Tezpur Lunatic Asylum reports 1877-1894 - 1877-1894
Year: 1877
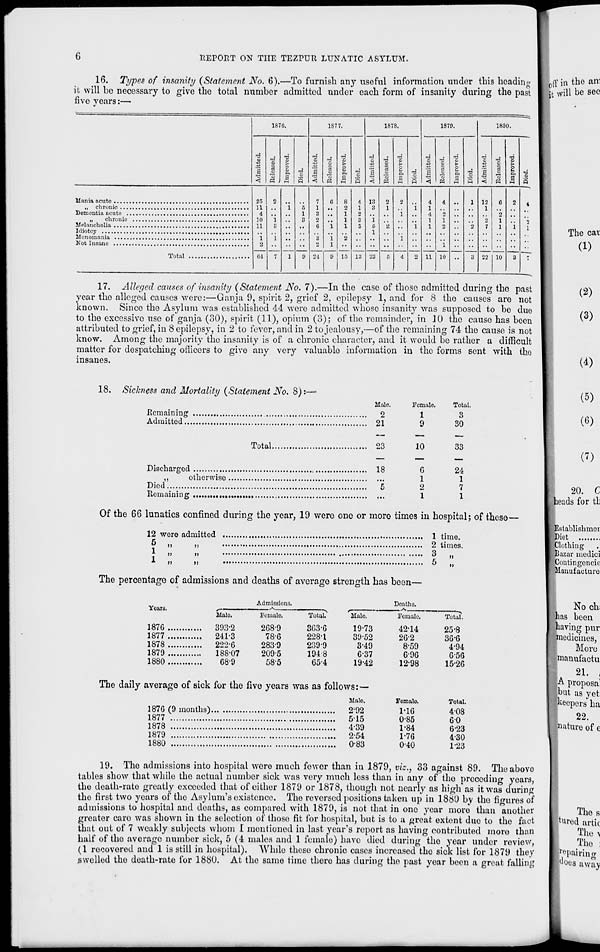
TtEPORT ON THE TEZrUR LUNATIC ASYLUM.
16. Types of insanity (Statement No. 6).—To furnish any useful information under this heading
it will bo necessary to give the total number admitted under each form of insanity during the past
five years:—
187G.
1S77.
1878.
1870.
1830.
d
s
1
<
•6 o
1
d
1 a d
s
d
1
«1
■3
d
>
8 c
a
d
S
id
a
-a
<
d
cj
•a
s p.
a
-a
5
d
a
«1
d
d
o
p.
S
d
d
1
d
1
i >
i, a d
25
11
4
10
11
i
2
64
2
i
3
i
7
'i
l
5
1
3
0
7
1
3
2
6
- 3
2
24
c
'i
'i
l
0
8
2
1
1
1
2
15
4
1
2
3
3
13
13
3
i
5
1
23
2
1
"is
6
2
i
l
4
i
'i
4
1
4
1
1
11
4
1
2
1
10
••
1
3
12
1
*2
7
22
C
2
1
1
10
2
i
3
4
2
1
i ' ''' II ' _v
......................m %* 9. . ...... • ........a... *
Total
— r
17. Alleged causes of insanity (Statement No. 7).—In the case of those admitted during the past
year the alleged causes were:—Ganja 9, spirit 2, grief 2, epilepsy 1, and for 8 the causes are not
known. Since the Asylum was established 44 were admitted whose insanity was supposed to bo due
to the excessive use of ganja (30), spirit (11), opium (o); of the remainder, in 10 the cause has been
attributed to grief, in 8 epilepsy, in 2 to fever, and in 2 to jealousy,—of the remaining 74 the cause is not
know. Among the majority the insanity is of a chronic character, and it would be rather a difficult
matter for despatching officers to give any very valuable information in the forms sent with the
insanes.
l0 ff in the am
it will be see
The car
(1)
(2)
(3)
18. Sickness and Mortality (Statement No. 8):—■
Halo.
Female
Total.
.Remaining
2
13
Admitted
21
9
30
Total
23
10
33
Discharged
18
G
24
,,
otherwiso
1
1
Died
5
2
7
Remaining
,
1
1
Of the 66 lunatics confined during the year, 19 wero one or moro times in hospital; of these-
12 were admitted
1 time.
5 >,
»
2 times.
|
»
'»
*»
»
■*•
»
i)
5
„
The percentage of admissions and deaths of avcrago strength has been—
20. C
heads for tb
Establishmer
Diet
Clothing
Bazar medici
Contingencic
Manufacture
Years.
Admissions.
Deaths.
Male.
187G
393-2
1877
241-3
1878
222-6
1879
188-07
1880
G8-9
Female.
2G8-9
78-6
283-9
209-5
58-5
Total.
3G3-G
228-1
2099
1948
654
Male.
19-73
39-52
3-49
G-37
19-42
The daily average of sick for the five years was as follows:—
Malo.
187G (9 months)
2'92
1877
515
1878
4-39
1879
2-54
1880
0-83
Female.
42-14
2G-2
8-59
6-96
12-98
Fomalo.
1-16
0-85
1-84
176
0-40
Total.
25-8
36-6
4-94
G-5G
15-2G
Total.
408
60
6-23
430
1-23
No ch
as been
aving pur
medicines,
Moro
manufactu
21. ,
A proposa 1
[but as yet
fkeopers ha
22.
I nature of c
19. Tho admissions into hospital wero much fewer than in 1879, vi~., 33 against 89. The above
tables show that while tho actual number sick was very much less than in any of tho preceding years,
tho death-rate greatly exceeded that of either 1879 or 1878, though not nearly as high as it was during
the first two years of the Asylum's existence. The reversed positions taken up in 1880 by tho figures of
admissions to hospital and doaths, as compared with 1879, is not that in ono year moro than another
greater caro was shown in the selection of those fit for hospital, but is to a great extent duo to tho fact
that out of 7 weakly subjects whom 1 mentioned in last year's report as having contributed moro than
half of tho average number sick, 5 (4 males and 1 female) have died during tho year under review,
(1 recovered and 1 is still in hospital). While these chronic cases increased tho sick list for 1879 they
swelled tho death-rate for 1880. At tho same time there has during the past year been a great falling
Tho s
ft ured artic
The \
Tho :
^pairing
[does away